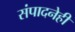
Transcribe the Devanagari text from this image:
संपादनेही